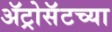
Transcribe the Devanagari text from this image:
ॲट्रोसॅटच्या